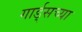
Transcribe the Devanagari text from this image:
गार्ड्‌सच्या